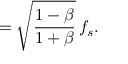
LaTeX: = { \sqrt { \frac { 1 - \beta } { 1 + \beta } } } \, f _ { s } .